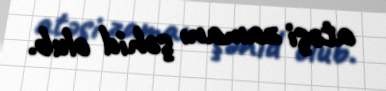
atəşi zamanı şəhid olub.